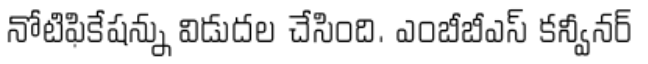
నోటిఫికేషన్ను విడుదల చేసింది. ఎంబీబీఎస్ కన్వీనర్